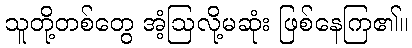
သူတို့တစ်တွေ အံ့ဩလို့မဆုံး ဖြစ်နေကြ၏။